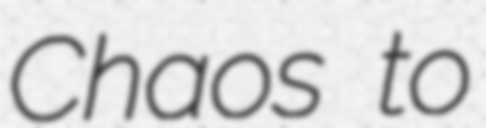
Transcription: Chaos to